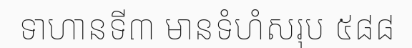
ទាហានទី៣ មានទំហំសរុប ៥៨៨